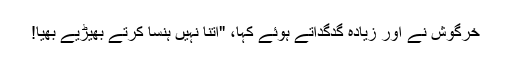
خرگوش نے اور زیادہ گدگداتے ہوئے کہا، "اتنا نہیں ہنسا کرتے بھیڑیے بھیّا!